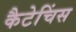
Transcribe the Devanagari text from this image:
कैटेचिंस